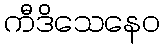
ကီဒိသေနေဝ